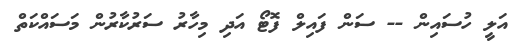
އަލީ ހުސައިން -- ސަން ފައިލް ފޮޓޯ އަދި މިހާރު ސަރުކާރުން މަސައްކަތް